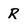
Character: R